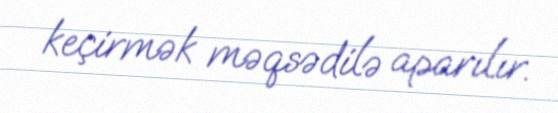
keçirmək məqsədilə aparılır.